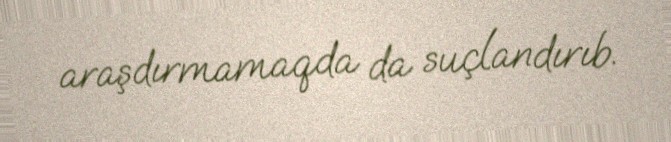
araşdırmamaqda da suçlandırıb.